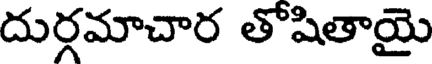
దుర్గమాచార తోషితాయై